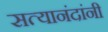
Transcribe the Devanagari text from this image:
सत्यानंदांनी